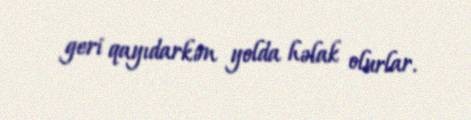
geri qayıdarkən yolda həlak olurlar.